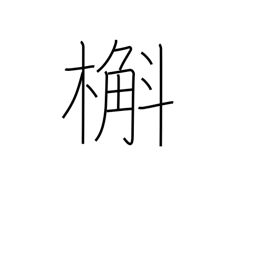
Meaning: oak